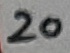
Text: 20